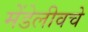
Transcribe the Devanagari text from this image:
मेंडेलीवचे